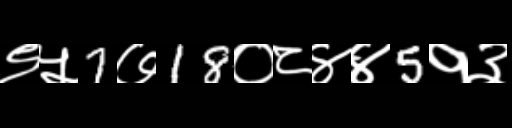
Text: ९५7७18०८४४5१३